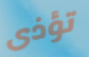
تؤذى